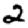
Digit: 2